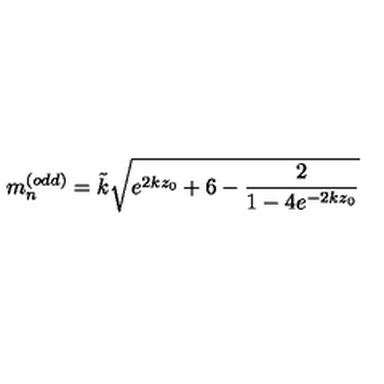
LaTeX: m _ { n } ^ { ( o d d ) } = \tilde { k } \sqrt { e ^ { 2 k z _ { 0 } } + 6 - \frac { 2 } { 1 - 4 e ^ { - 2 k z _ { 0 } } } }